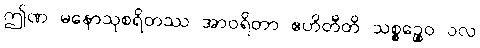
ဤဏ မနောသုစရိတဿ အာဝရိတာ ဧဟိတီတိ သစ္စဉ္စေဝ ဝလ